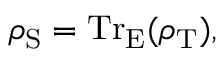
\rho _ { \mathrm { S } } = \operatorname { T r } _ { \mathrm { E } } ( \rho _ { \mathrm { T } } ) ,